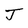
Character: J